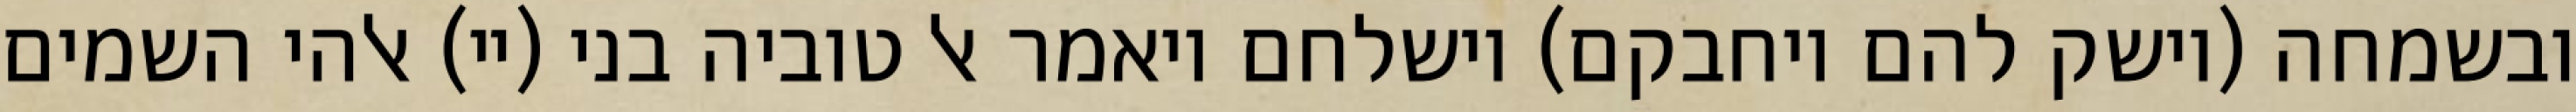
ובשמחה (וישק להם ויחבקם) וישלחם ויאמר אל טוביה בני (יי) אלהי השמים